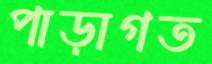
পাড়াগত